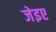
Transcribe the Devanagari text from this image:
जेइए